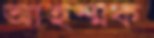
আহম্মক